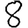
Digit: 8